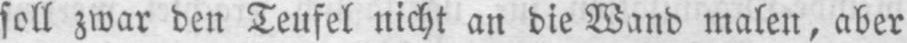
soll zwar den Teufel nicht an die Wand malen, aber